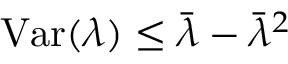
\begin{array} { r } { \mathrm { V a r } ( \lambda ) \leq \bar { \lambda } - \bar { \lambda } ^ { 2 } } \end{array}